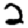
Digit: 2